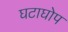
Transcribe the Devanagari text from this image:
घटाघोप